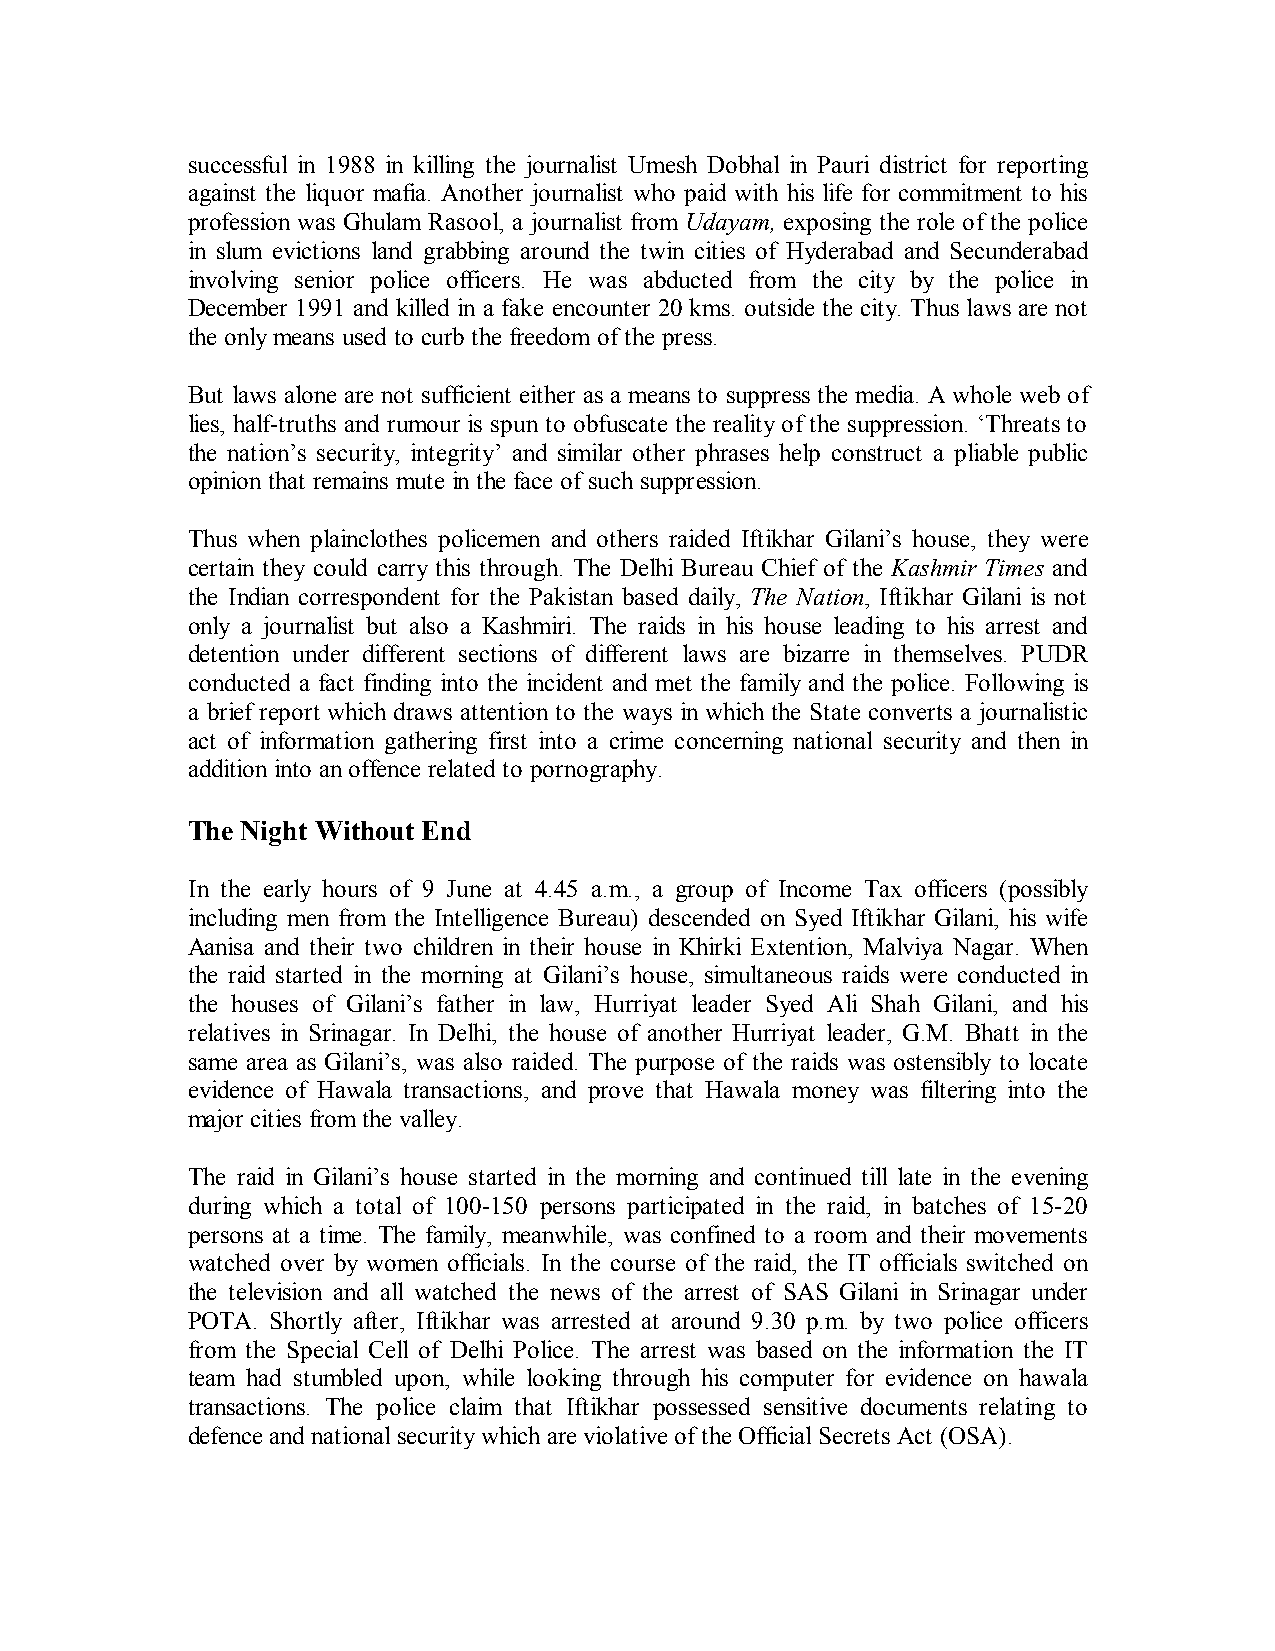
successful in 1988 in killing the journalist Umesh Dobhal in Pauri district for reporting
 against the liquor mafia. Another journalist who paid with his life for commitment to his
 profession was Ghulam Rasool, a journalist from Udayam, exposing the role of the police
 in slum evictions land grabbing around the twin cities of Hyderabad and Secunderabad
 involving senior police officers. He was abducted from the city by the police in
 December 1991 and killed in a fake encounter 20 kms. outside the city. Thus laws are not
 the only means used to curb the freedom of the press.
 But laws alone are not sufficient either as a means to suppress the media. A whole web of
 lies, half-truths and rumour is spun to obfuscate the reality of the suppression. ‘Threats to
 the nation’s security, integrity’ and similar other phrases help construct a pliable public
 opinion that remains mute in the face of such suppression.
 Thus when plainclothes policemen and others raided Iftikhar Gilani’s house, they were
 certain they could carry this through. The Delhi Bureau Chief of the Kashmir Times and
 the Indian correspondent for the Pakistan based daily, The Nation, Iftikhar Gilani is not
 only a journalist but also a Kashmiri. The raids in his house leading to his arrest and
 detention under different sections of different laws are bizarre in themselves. PUDR
 conducted a fact finding into the incident and met the family and the police. Following is
 a brief report which draws attention to the ways in which the State converts a journalistic
 act of information gathering first into a crime concerning national security and then in
 addition into an offence related to pornography.
 The Night Without End
 In the early hours of 9 June at 4.45 a.m., a group of Income Tax officers (possibly
 including men from the Intelligence Bureau) descended on Syed Iftikhar Gilani, his wife
 Aanisa and their two children in their house in Khirki Extention, Malviya Nagar. When
 the raid started in the morning at Gilani’s house, simultaneous raids were conducted in
 the houses of Gilani’s father in law, Hurriyat leader Syed Ali Shah Gilani, and his
 relatives in Srinagar. In Delhi, the house of another Hurriyat leader, G.M. Bhatt in the
 same area as Gilani’s, was also raided. The purpose of the raids was ostensibly to locate
 evidence of Hawala transactions, and prove that Hawala money was filtering into the
 major cities from the valley.
 The raid in Gilani’s house started in the morning and continued till late in the evening
 during which a total of 100-150 persons participated in the raid, in batches of 15-20
 persons at a time. The family, meanwhile, was confined to a room and their movements
 watched over by women officials. In the course of the raid, the IT officials switched on
 the television and all watched the news of the arrest of SAS Gilani in Srinagar under
 POTA. Shortly after, Iftikhar was arrested at around 9.30 p.m. by two police officers
 from the Special Cell of Delhi Police. The arrest was based on the information the IT
 team had stumbled upon, while looking through his computer for evidence on hawala
 transactions. The police claim that Iftikhar possessed sensitive documents relating to
 defence and national security which are violative of the Official Secrets Act (OSA).